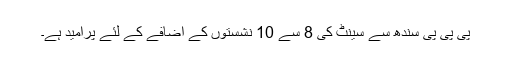
پی پی پی سندھ سے سینٹ کی 8 سے 10 نشستوں کے اضافے کے لئے پرامید ہے۔